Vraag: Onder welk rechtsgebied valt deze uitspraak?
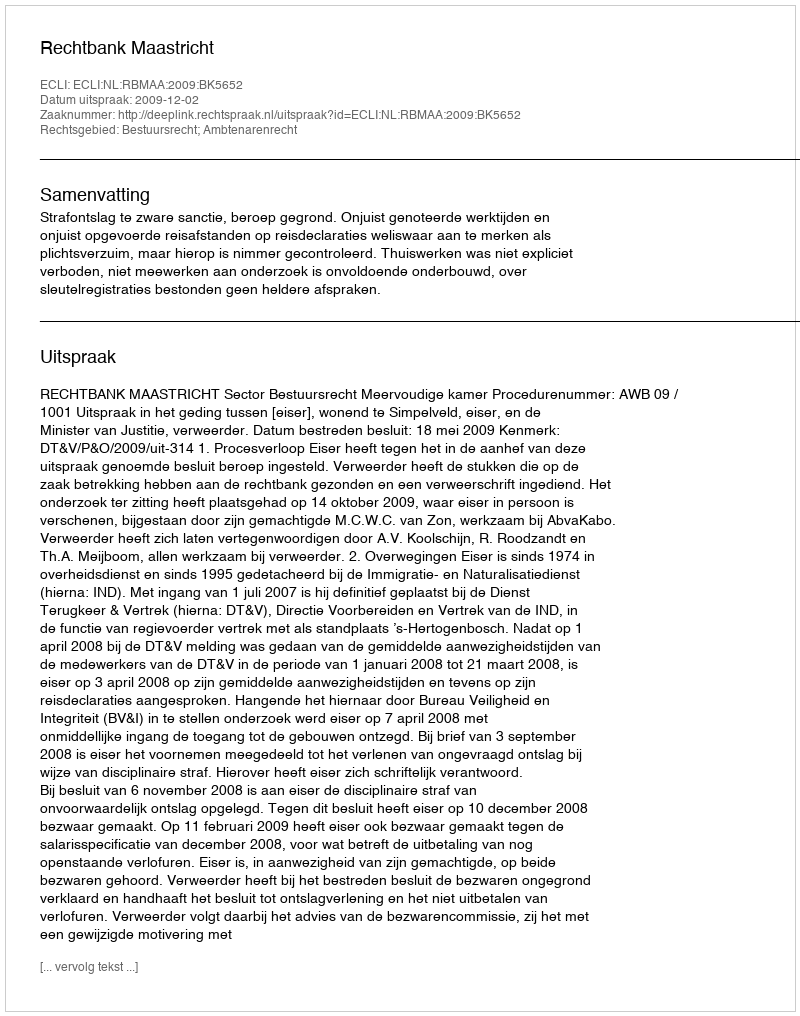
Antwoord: Bestuursrecht; Ambtenarenrecht